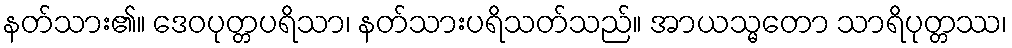
နတ်သား၏။ ဒေဝပုတ္တပရိသာ၊ နတ်သားပရိသတ်သည်။ အာယသ္မတော သာရိပုတ္တဿ၊